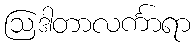
ဩဒါတာလင်္ကာရာ